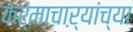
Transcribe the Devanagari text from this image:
कर्माचाऱ्यांच्या